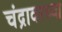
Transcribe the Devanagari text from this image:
चंद्रावरच्या